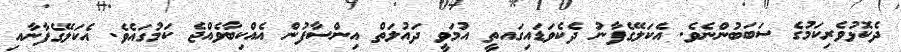
ދެކޮޅުވެރިކަމުގެ ސަބަބުންނެވެ. އެކަލޭގެފާނު ދެކެވަޑައިގައތީ އުމަވީ ދައުލަތް އިންސާފުން އެއްކިބާވެއްޖެ ކަމުގައެވެ. އެކަލޭގެފާނާއި